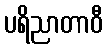
ပရိညာတာဝီ